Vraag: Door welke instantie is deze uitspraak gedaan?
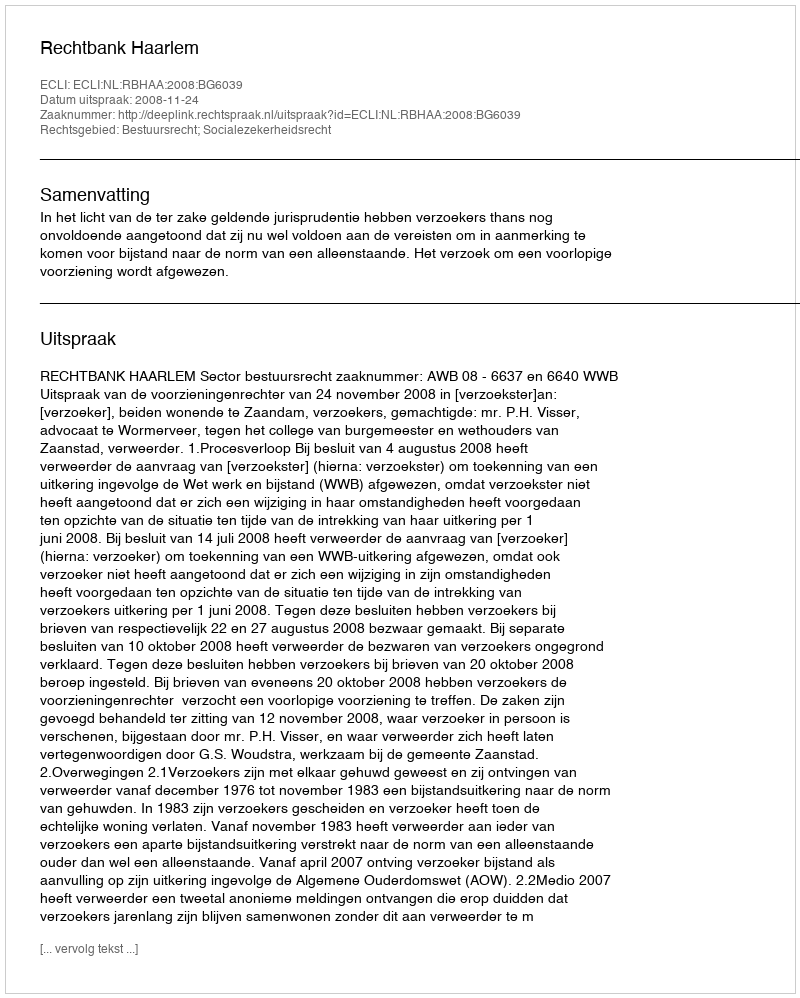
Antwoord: Rechtbank Haarlem